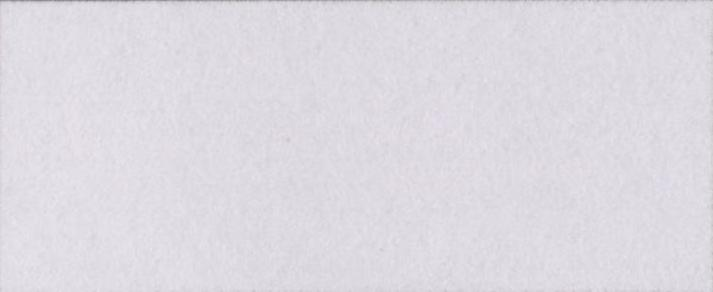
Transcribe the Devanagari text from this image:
ब्रांडेड